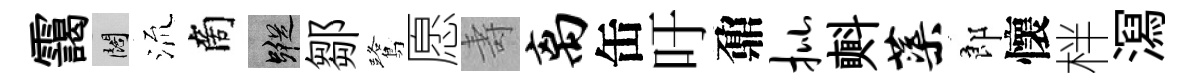
靄闊𣴑商蹤鄒鷺愿壽离缶吁鼐批㪺蕖郎懷柈㵼